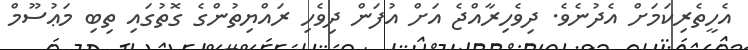
އެހީތެރިކަމަށް އެދުނެވެ. ދިވެހިރާއްޖެ އަށް އުފަން ދިވެހި ރައްޔިތުންގެ ގޮތުގައި ތިބި މަޢުސޫމް